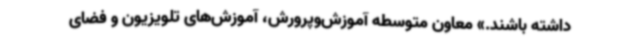
داشته باشند.» معاون متوسطه آموزش‌وپرورش، آموزش‌های تلویزیون و فضای